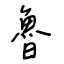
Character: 魯